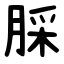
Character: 䐆